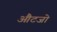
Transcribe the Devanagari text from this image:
औटजो